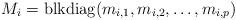
LaTeX: \begin{align*}M_i = \textup{blkdiag}( m_{i,1}, m_{i,2}, \dots, m_{i,p} )\end{align*}